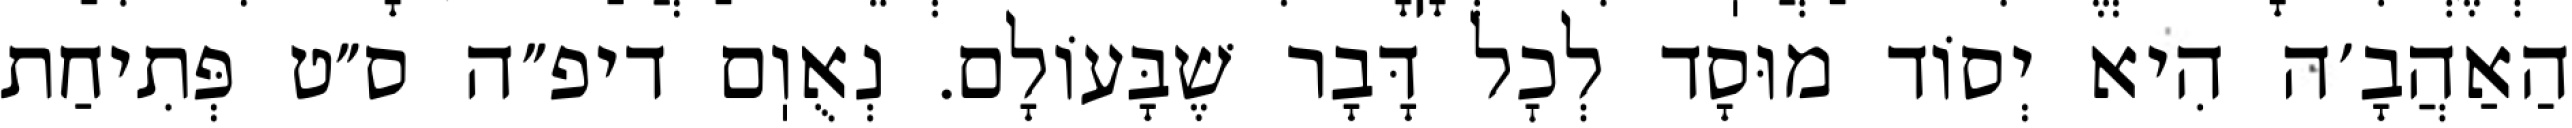
הַאַהֲבָ׳ה הִיא יְסוֹד מוּסָד לְכׇל דָּבָר שֶׁבָּעוֹלָם. נְאֻוֽם דיפ״ה ס״ט פְּתִיחַת